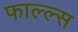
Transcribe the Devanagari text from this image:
फाल्ल्स